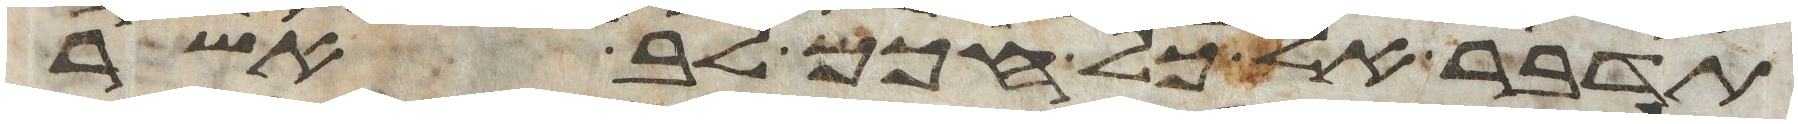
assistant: תדבר אל כל חכם לב אשר